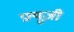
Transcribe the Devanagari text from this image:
फ़्यूजी